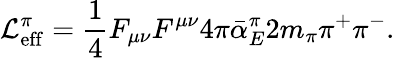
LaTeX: {\cal L}_{\mathrm{eff}}^{\pi}={\frac{1}{4}}F_{\mu\nu}F^{\mu\nu}4\pi\bar{\alpha}_{E}^{\pi}2m_{\pi}\pi^{+}\pi^{-}.